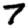
Digit: 7